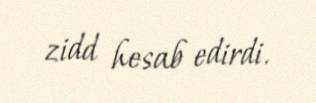
zidd hesab edirdi.